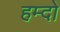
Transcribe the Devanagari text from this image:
हम्दो